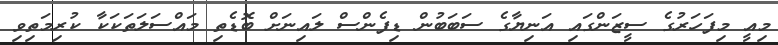
މިއީ މިފަހަރުގެ ސީޒަންގައި އަނިޔާގެ ސަބަބުން ޑިފެންސް ލައިނަށް ބޮޑެތި މައްސަލަތަކަކާ ކުރިމަތިވި